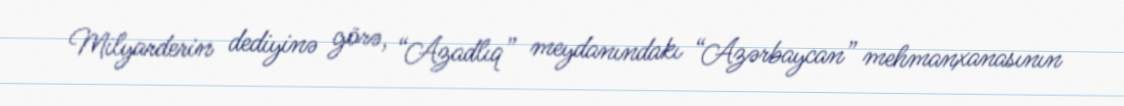
Milyarderin dediyinə görə, “Azadlıq” meydanındakı “Azərbaycan” mehmanxanasının